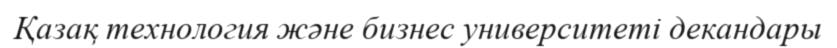
Қазақ технология және бизнес университеті декандары